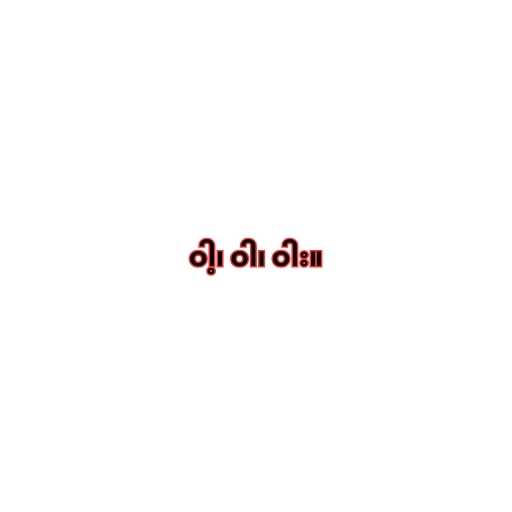
ဝါ့၊ ဝါ၊ ဝါး။